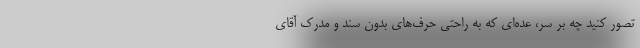
تصور کنید چه بر سر، عده‌ای که به راحتی حرف‌های بدون سند و مدرک آقای